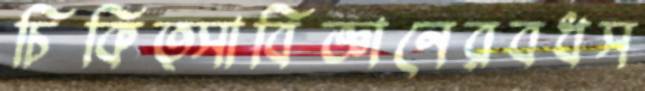
চিকিত্সাবিজ্ঞানেরবধস